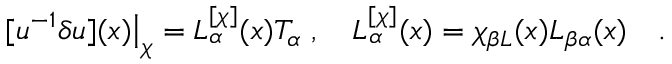
[ u ^ { - 1 } \delta u ] ( x ) \big | _ { \chi } = { \cal L } _ { \alpha } ^ { [ \chi ] } ( x ) T _ { \alpha } \; , \quad { \cal L } _ { \alpha } ^ { [ \chi ] } ( x ) = \chi _ { \beta L } ( x ) L _ { \beta \alpha } ( x ) \quad .